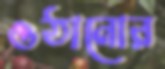
ওঠানোর